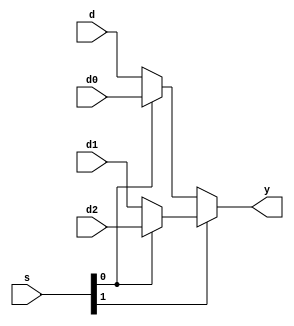
module muxthree(d,d0,d1,d2,s,y);
		
		input [15:0] d,d0,d1,d2;
		input [1:0] s;
		output [15:0] y;
	
	assign y = s[1] ? (s[0] ? d2 : d1) : (s[0] ? d0 : d); 
endmodule